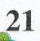
21